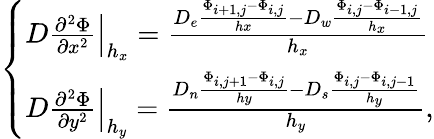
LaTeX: \left\{ \begin{array}{l}{\left.D\frac{\partial^{2}\Phi}{\partial x^{2}}\right|_{h_{x}}=\frac{D_{e}\frac{\Phi_{i+1,j}-\Phi_{i,j}}{hx}-D_{w}\frac{\Phi_{i,j}-\Phi_{i-1,j}}{h_{x}}}{h_{x}}}\\ {\left.D\frac{\partial^{2}\Phi}{\partial y^{2}}\right|_{h_{y}}=\frac{D_{n}\frac{\Phi_{i,j+1}-\Phi_{i,j}}{hy}-D_{s}\frac{\Phi_{i,j}-\Phi_{i,j-1}}{h_{y}}}{h_{y}},}\end{array}\right.